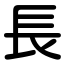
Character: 長